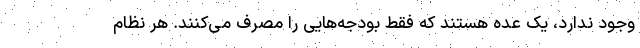
وجود ندارد، یک عده هستند که فقط بودجه‌هایی را مصرف می‌کنند. هر نظام